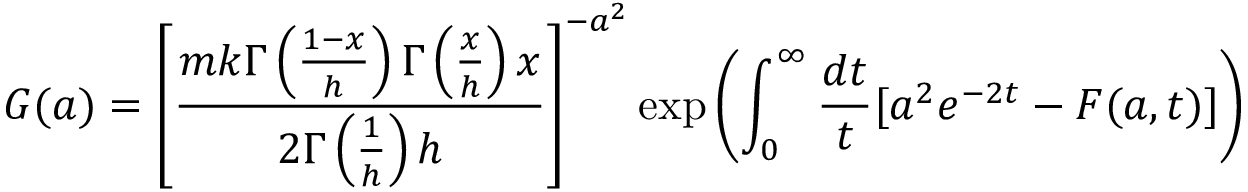
G ( a ) = \left[ \frac { m k \Gamma \left( \frac { 1 - x } { h } \right) \Gamma \left( \frac { x } { h } \right) x } { 2 \Gamma \left( \frac { 1 } { h } \right) h } \right] ^ { - a ^ { 2 } } \exp \left( \int _ { 0 } ^ { \infty } \frac { d t } { t } [ a ^ { 2 } e ^ { - 2 t } - F ( a , t ) ] \right)